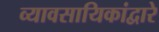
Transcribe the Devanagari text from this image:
व्यावसायिकांद्वारे